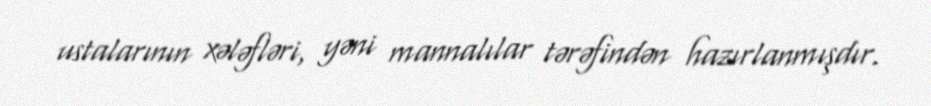
ustalarının xələfləri, yəni mannalılar tərəfindən hazırlanmışdır.